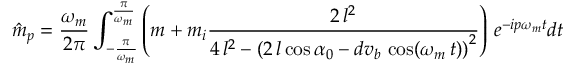
\hat { m } _ { p } = \frac { \omega _ { m } } { 2 \pi } \int _ { - \frac { \pi } { \omega _ { m } } } ^ { \frac { \pi } { \omega _ { m } } } \left( m + m _ { i } \frac { 2 \, l ^ { 2 } } { 4 \, l ^ { 2 } - { \left( 2 \, l \cos { \alpha _ { 0 } } - d v _ { b } \, \cos ( \omega _ { m } \, t ) \right) } ^ { 2 } } \right) \, e ^ { - i p \omega _ { m } t } d t